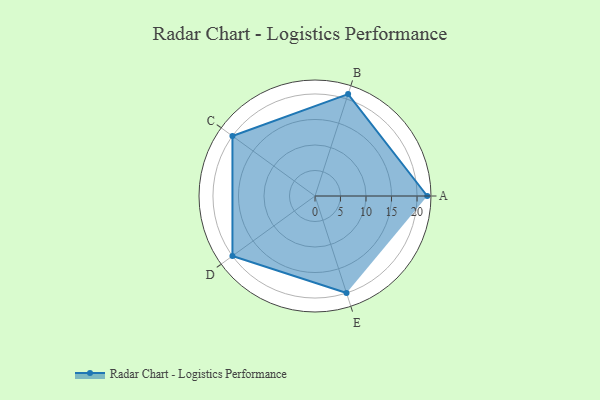
{"axis": {"x": "Skill", "y": "Score"}, "legend": ["Profile"], "data": [{"x": "A", "y": 22.0, "type": "Profile"}, {"x": "B", "y": 21.0, "type": "Profile"}, {"x": "C", "y": 20, "type": "Profile"}, {"x": "D", "y": 20, "type": "Profile"}, {"x": "E", "y": 20, "type": "Profile"}]}